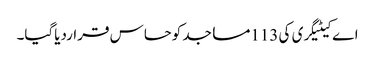
اے کیٹیگری کی 113مساجد کوحساس قراردیاگیا۔